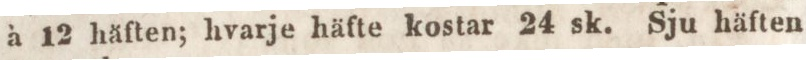
à 12 häften; hvarje häfte kostar 24 sk. Sju häften